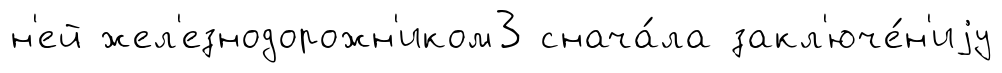
н'ей жел'езнодорожн'иком3 снача́ла закл'юче́н'иjу